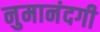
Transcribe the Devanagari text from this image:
नुमानंदगी